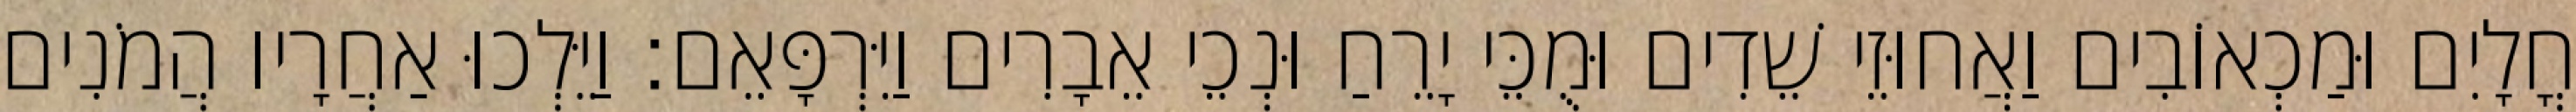
חֳלָיִם וּמַכְאוֹבִים וַאֲחוּזֵי שֵׁדִים וּמֻכֵּי יָרֵחַ וּנְכֵי אֵבָרִים וַיִּרְפָּאֵם׃ וַיֵּלְכוּ אַחֲרָיו הֲמֹנִים